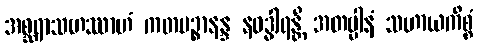
အစ္ဆရာသဟဿာဟံ ကတမဉ္စာနန္ဒ နဝဒွါရန္တိ အတပ္ပါနံ သဟာယကိစ္စံ